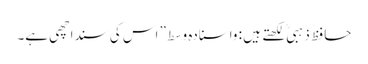
حافظ ذہبی ؒ لکھتے ہیں : واسنادہ وسط” اس کی سنداچھی ہے۔